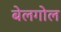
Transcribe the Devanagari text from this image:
बेलगोल